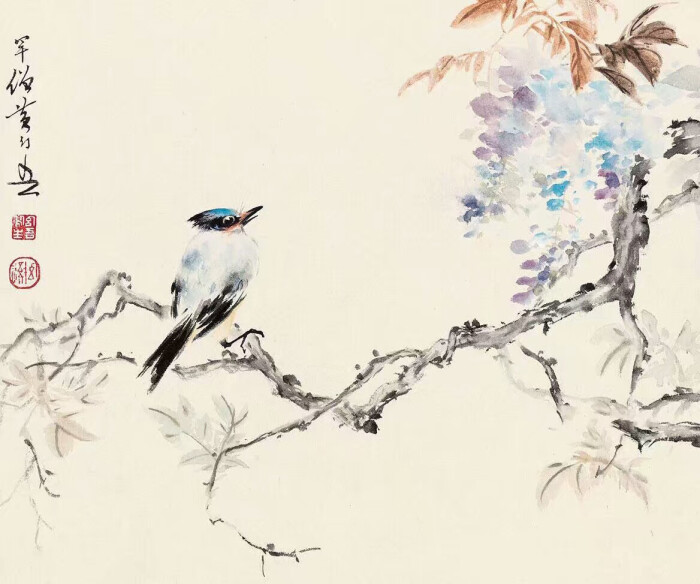
江碧鸟逾白，山青花欲燃。